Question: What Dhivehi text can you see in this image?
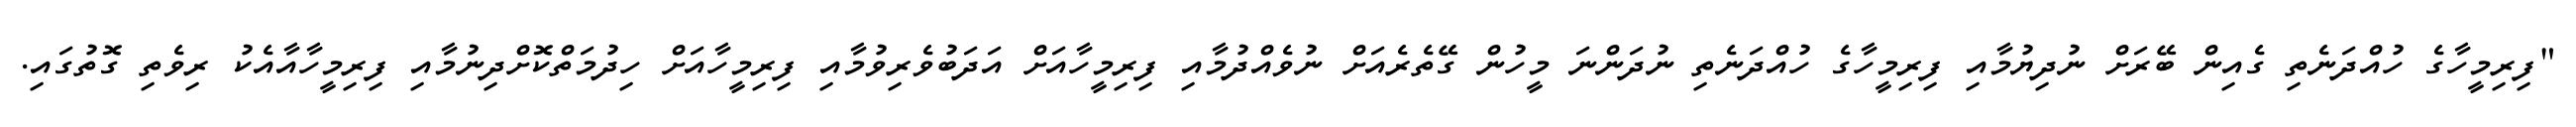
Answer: "ފިރިމީހާގެ ހުއްދަނެތި ގެއިން ބޭރަށް ނުދިޔުމާއި ފިރިމީހާގެ ހުއްދަނެތި ނުދަންނަ މީހުން ގޭތެރެއަށް ނުވެއްދުމާއި ފިރިމީހާއަށް އަދަބުވެރިވުމާއި ފިރިމީހާއަށް ހިދުމަތްކޮށްދިނުމާއި ފިރިމީހާއާއެކު ރިވެތި ގޮތުގައި.